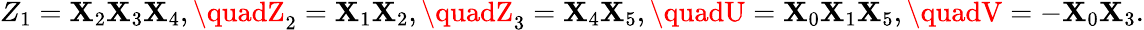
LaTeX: Z_{1}=\mathbf{X}_{2}\mathbf{X}_{3}\mathbf{X}_{4},\quadZ_{2}=\mathbf{X}_{1}\mathbf{X}_{2},\quadZ_{3}=\mathbf{X}_{4}\mathbf{X}_{5},\quadU=\mathbf{X}_{0}\mathbf{X}_{1}\mathbf{X}_{5},\quadV=-\mathbf{X}_{0}\mathbf{X}_{3}.